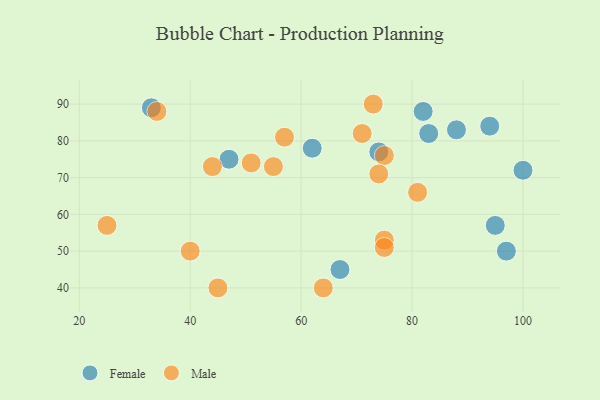
{"axis": {"x": "GDP", "y": "Life Expectancy"}, "legend": ["Female", "Male"], "data": [{"x": "88", "y": 83, "type": "Female"}, {"x": "94", "y": 84, "type": "Female"}, {"x": "82", "y": 88, "type": "Female"}, {"x": "74", "y": 77, "type": "Female"}, {"x": "95", "y": 57, "type": "Female"}, {"x": "97", "y": 50, "type": "Female"}, {"x": "33", "y": 89, "type": "Female"}, {"x": "100", "y": 72, "type": "Female"}, {"x": "47", "y": 75, "type": "Female"}, {"x": "62", "y": 78, "type": "Female"}, {"x": "83", "y": 82, "type": "Female"}, {"x": "67", "y": 45, "type": "Female"}, {"x": "34", "y": 88, "type": "Male"}, {"x": "40", "y": 50, "type": "Male"}, {"x": "55", "y": 73, "type": "Male"}, {"x": "75", "y": 53, "type": "Male"}, {"x": "73", "y": 90, "type": "Male"}, {"x": "64", "y": 40, "type": "Male"}, {"x": "57", "y": 81, "type": "Male"}, {"x": "45", "y": 40, "type": "Male"}, {"x": "75", "y": 51, "type": "Male"}, {"x": "75", "y": 76, "type": "Male"}, {"x": "74", "y": 71, "type": "Male"}, {"x": "81", "y": 66, "type": "Male"}, {"x": "25", "y": 57, "type": "Male"}, {"x": "71", "y": 82, "type": "Male"}, {"x": "44", "y": 73, "type": "Male"}, {"x": "51", "y": 74, "type": "Male"}]}